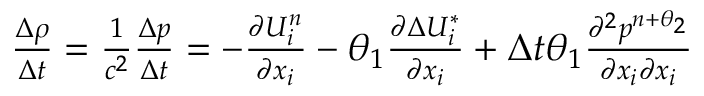
\begin{array} { r } { \frac { \Delta \rho } { \Delta t } = \frac { 1 } { { { c } ^ { 2 } } } \frac { \Delta p } { \Delta t } = - \frac { \partial U _ { i } ^ { n } } { \partial { { x } _ { i } } } - \theta _ { 1 } \frac { \partial \Delta U _ { i } ^ { * } } { \partial { { x } _ { i } } } + \Delta t \theta _ { 1 } \frac { { { \partial } ^ { 2 } } { { p } ^ { n + { { \theta } _ { 2 } } } } } { \partial { { x } _ { i } } \partial { { x } _ { i } } } } \end{array}